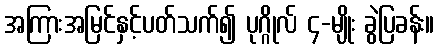
အကြားအမြင်နှင့်ပတ်သက်၍ ပုဂ္ဂိုလ် ၄-မျိုး ခွဲပြခန်း။